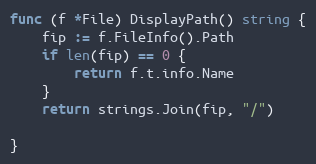
Language: Go
func (f *File) DisplayPath() string {
	fip := f.FileInfo().Path
	if len(fip) == 0 {
		return f.t.info.Name
	}
	return strings.Join(fip, "/")

}